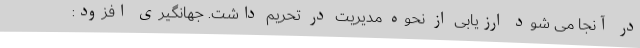
در آنجا می شود ارزیابی از نحوه مدیریت در تحریم داشت. جهانگیری افزود: